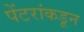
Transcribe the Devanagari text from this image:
पेंटरांकडून